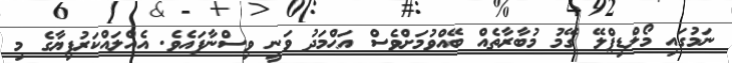
ނަމުގައި މޯލްޑިޕްލޭ ގޭމު މުބާރާތެއް ބޭއްވުމަށްވެސް އަޙްމަދު ވަނީ ވިސްނާފައެވެ. އެއްލައްކަރުފިޔާގެ މި